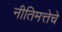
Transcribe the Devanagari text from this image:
नीतिमत्तेचे